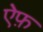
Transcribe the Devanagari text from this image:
ऐफ़